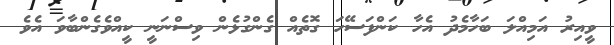
ވީއިރު އަމިއްލަ ބަހާމެދު އެހާ ކަންފަސޭހަ ގޮތެއް ގެންގުޅެން ވިސްނަނީ ކީއްވެގެންބާވަ އެވެ